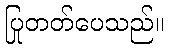
ပြုတတ်ပေသည်။